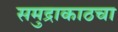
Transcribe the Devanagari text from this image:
समुद्राकाठचा